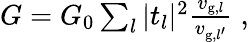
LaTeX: \begin{array}{r}{G=G_{0}\sum_{l}|t_{l}|^{2}\frac{v_{\mathrm{g},l}}{v_{\mathrm{g},{l^{\prime}}}}\; ,}\end{array}